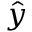
\hat { y }